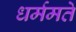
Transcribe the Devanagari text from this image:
धर्ममते